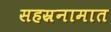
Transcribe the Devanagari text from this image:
सहस्रनामात